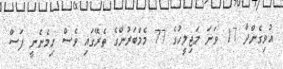
އުވިގެންދާ 17 ވަނަ މަޖިލީހުގެ 77 މެމްބަރުންގެ ތެރޭގައި ވެސް ހިމެނެނީ ފަސް